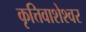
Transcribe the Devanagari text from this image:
कृत्तिवाशेश्वर